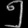
Digit: ၅